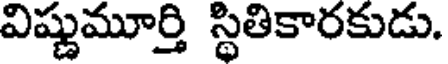
విష్ణుమూర్తి స్థితికారకుడు.